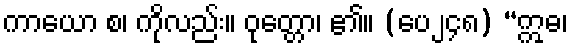
ကာယော စ၊ ကိုလည်း။ ဝုတ္တော၊ ၏။ (ပေ၂၄၈) “ဣဓ၊